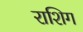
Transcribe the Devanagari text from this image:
राशिग